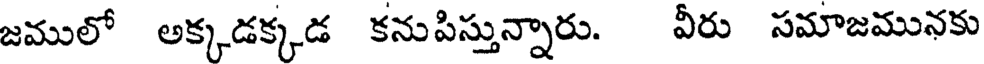
జములో అక్కడక్కడ కనుపిస్తున్నారు. వీరు సమాజమునకు